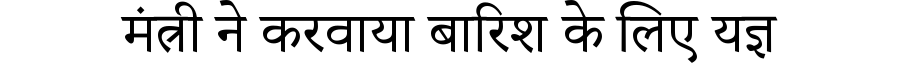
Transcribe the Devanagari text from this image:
मंत्री ने करवाया बारिश के लिए यज्ञ